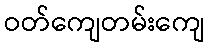
ဝတ်ကျေတမ်းကျေ